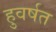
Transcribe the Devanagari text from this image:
हुवर्षत